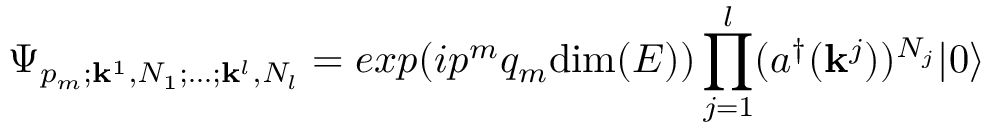
\Psi _ { p _ { m } ; { \bf k } ^ { 1 } , N _ { 1 } ; \dots ; { \bf k } ^ { l } , N _ { l } } = e x p ( i p ^ { m } q _ { m } \mathrm { d i m } ( E ) ) \prod _ { j = 1 } ^ { l } ( a ^ { \dagger } ( { \bf k } ^ { j } ) ) ^ { N _ { j } } | 0 \rangle